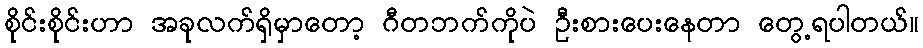
စိုင်းစိုင်းဟာ အခုလက်ရှိမှာတော့ ဂီတဘက်ကိုပဲ ဦးစားပေးနေတာ တွေ့ရပါတယ်။